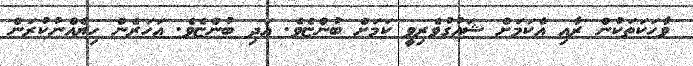
ވާހަކަތަކުން ރާއި އެކަމަށް ޝައުގުވެރިވީ ކަމަށް ބުންޏެވެ. އަދި ބުންޏެވެ. އަހަރެން ހިޔެއްނުކުރަން